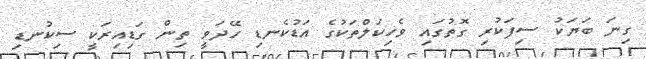
ގިނަ ބަަޔަކު ސިފަކުރި ގޮތުގައި ވެހިކަލްތަކުގެ އަޑުކެނޑި ހޭދަވީ ތިން ގަޑިއިރަކީ ސިކުނޑި